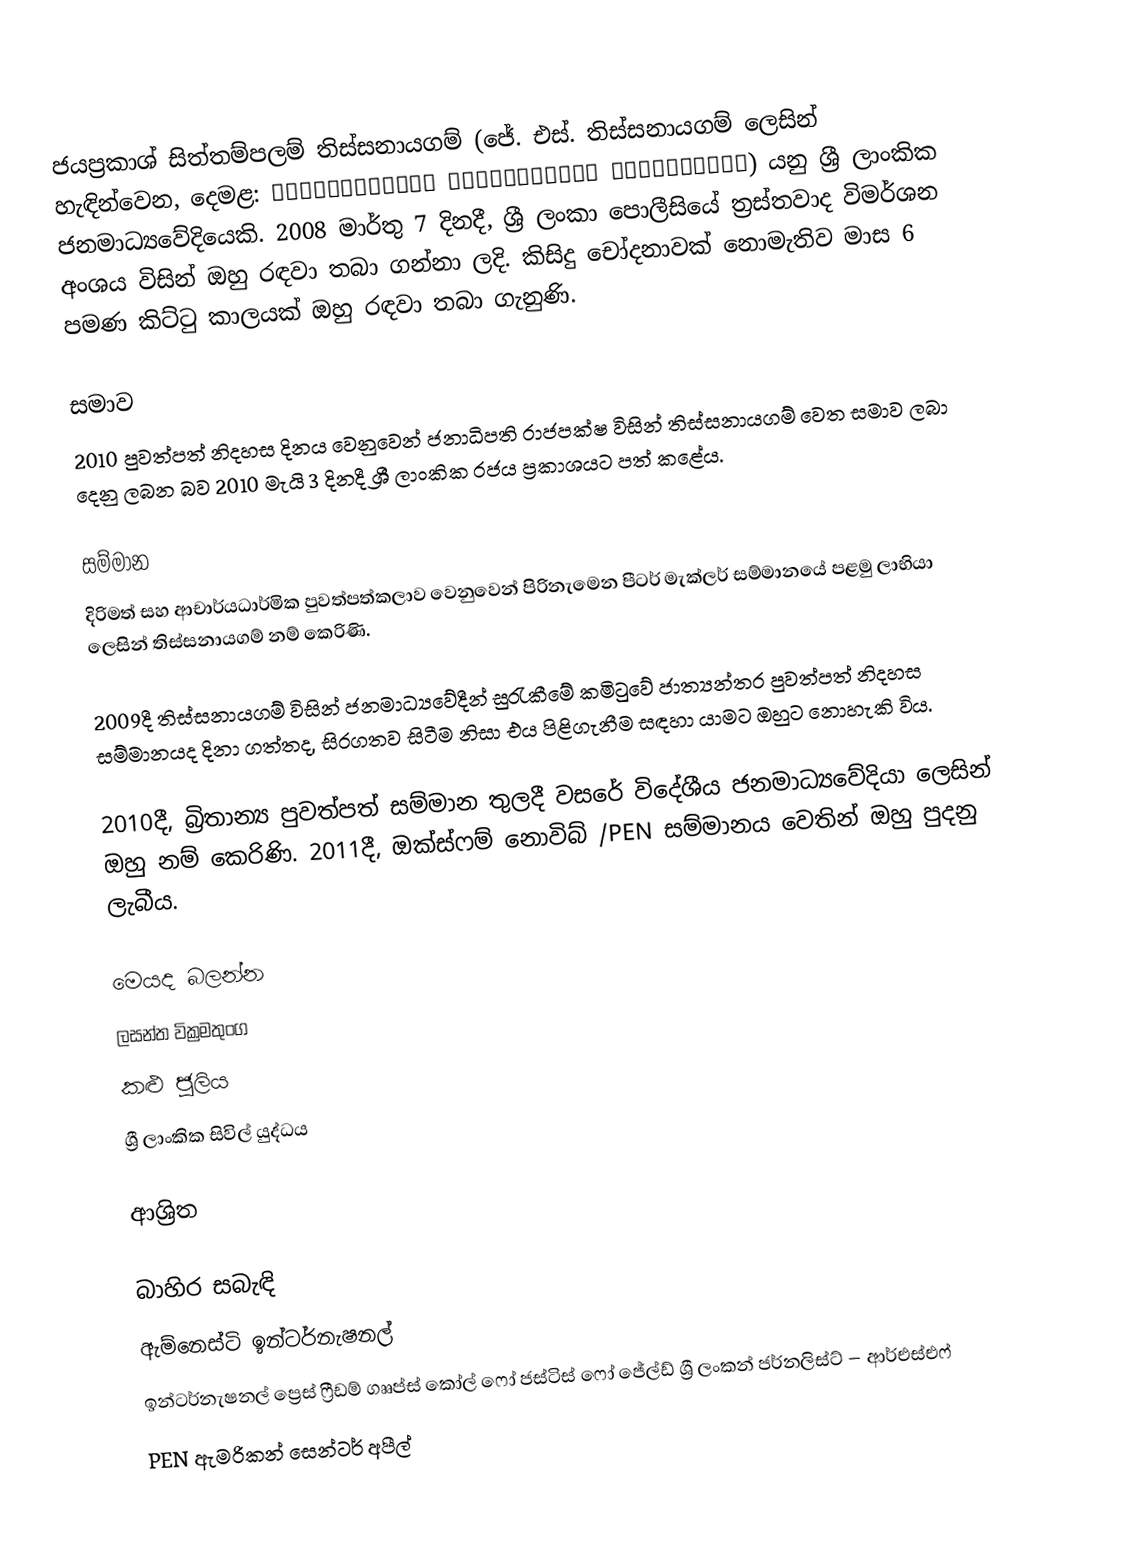
ජයප්‍රකාශ්  සිත්තම්පලම් තිස්සනායගම්  (ජේ. එස්. තිස්සනායගම් ලෙසින් හැඳින්වෙන, දෙමළ: ஜெயப்பிரகாஷ் சிற்றம்பலம் திசைநாயகம்) යනු  ශ්‍රී ලාංකික ජනමාධ්‍යවේදියෙකි. 2008 මාර්තු 7 දිනදී, ශ්‍රී ලංකා පොලීසියේ ත්‍රස්තවාද විමර්ශන අංශය විසින් ඔහු රඳවා තබා ගන්නා ලදි.  කිසිදු චෝදනාවක් නොමැතිව මාස 6 පමණ කිට්ටු කාලයක් ඔහු රඳවා තබා ගැනුණි.

සමාව
2010 පුවත්පත් නිදහස දිනය වෙනුවෙන් ජනාධිපති රාජපක්ෂ විසින් තිස්සනායගම් වෙත සමාව ලබා දෙනු ලබන බව 2010 මැයි 3 දිනදී ශ්‍රී ලාංකික රජය ප්‍රකාශයට පත් කළේය.

සම්මාන
 දිරිමත් සහ ආචාර්යධාර්මික පුවත්පත්කලාව වෙනුවෙන් පිරිනැමෙන පීටර් මැක්ලර් සම්මානයේ පළමු ලාභියා ලෙසින් තිස්සනායගම් නම් කෙරිණි.

2009දී තිස්සනායගම් විසින්  ජනමාධ්‍යවේදීන්  සුරැකීමේ කමිටුවේ ජාත්‍යන්තර පුවත්පත් නිදහස සම්මානයද දිනා ගත්තද, සිරගතව සිටීම නිසා එය පිළිගැනීම සඳහා යාමට ඔහුට නොහැකි විය.

2010දී, බ්‍රිතාන්‍ය පුවත්පත් සම්මාන තුලදී වසරේ විදේශීය ජනමාධ්‍යවේදියා ලෙසින් ඔහු නම් කෙරිණි.  2011දී, ඔක්ස්ෆම් නොවිබ් /PEN සම්මානය වෙතින් ඔහු පුදනු ලැබීය.

මෙයද බලන්න
ලසන්ත වික්‍රමතුංග
කළු ජූලිය
ශ්‍රී ලාංකික සිවිල් යුද්ධය

ආශ්‍රිත

බාහිර සබැඳි
ඇම්නෙස්ටි ඉන්ටර්නැෂනල්
ඉන්ටර්නැෂනල් ප්‍රෙස් ෆ්‍රීඩම් ගෲප්ස් කෝල් ෆෝ ජස්ටිස් ෆෝ ජේල්ඩ් ශ්‍රී ලංකන් ජර්නලිස්ට් – ආර්එස්එෆ්
PEN ඇමරිකන් සෙන්ටර් අපීල්